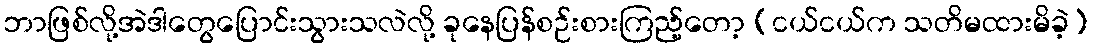
ဘာဖြစ်လို့အဲဒါတွေပြောင်းသွားသလဲလို့ ခုနေပြန်စဉ်းစားကြည့်တော့ (ငယ်ငယ်က သတိမထားမိခဲ့)